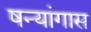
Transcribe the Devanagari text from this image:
षन्यांगास